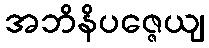
အဘိနိပဇ္ဇေယျ